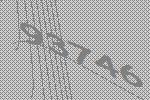
93746